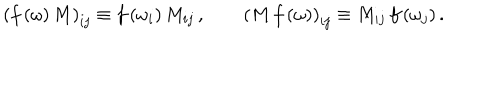
\left( f \left( \omega \right) M \right) _ { i j } \equiv f \left( \omega _ { i } \right) M _ { i j } \, , \qquad \left( M \, f \left( \omega \right) \right) _ { i j } \equiv M _ { i j } \, f \left( \omega _ { j } \right) .